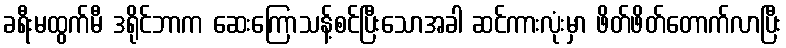
ခရီးမထွက်မီ ဒရိုင်ဘာက ဆေးကြောသန့်စင်ပြီးသောအခါ ဆင်ကားလုံးမှာ ဖိတ်ဖိတ်တောက်လာပြီး